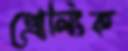
প্রোলিংক